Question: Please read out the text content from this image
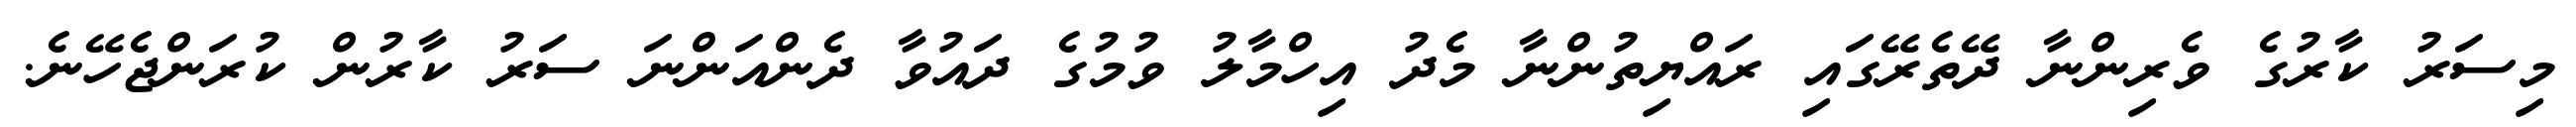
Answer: މިސަރު ކާރުގެ ވެރިންނާ ދޭތެރޭގައި ރައްޔިތުންނާ މެދު އިހްމާލު ވުމުގެ ދައުވާ ދެންއަންނަ ސަރު ކާރުން ކުރަންޖެހޭނެ.